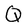
Character: Q